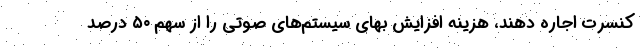
کنسرت اجاره دهند، هزینه افزایش بهای سیستم‌های صوتی را از سهم ۵۰ درصد